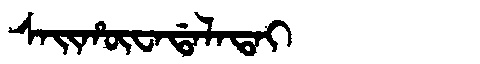
Manchu: ᠰᠠᡳᡥᡡᠸᠠᡩᠠᠯᠠᡨᠠᡳ
Romanization: SAIHŪWADALATAI